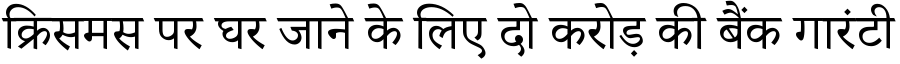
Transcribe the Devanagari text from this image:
क्रिसमस पर घर जाने के लिए दो करोड़ की बैंक गारंटी